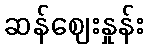
ဆန်ဈေးနှုန်း